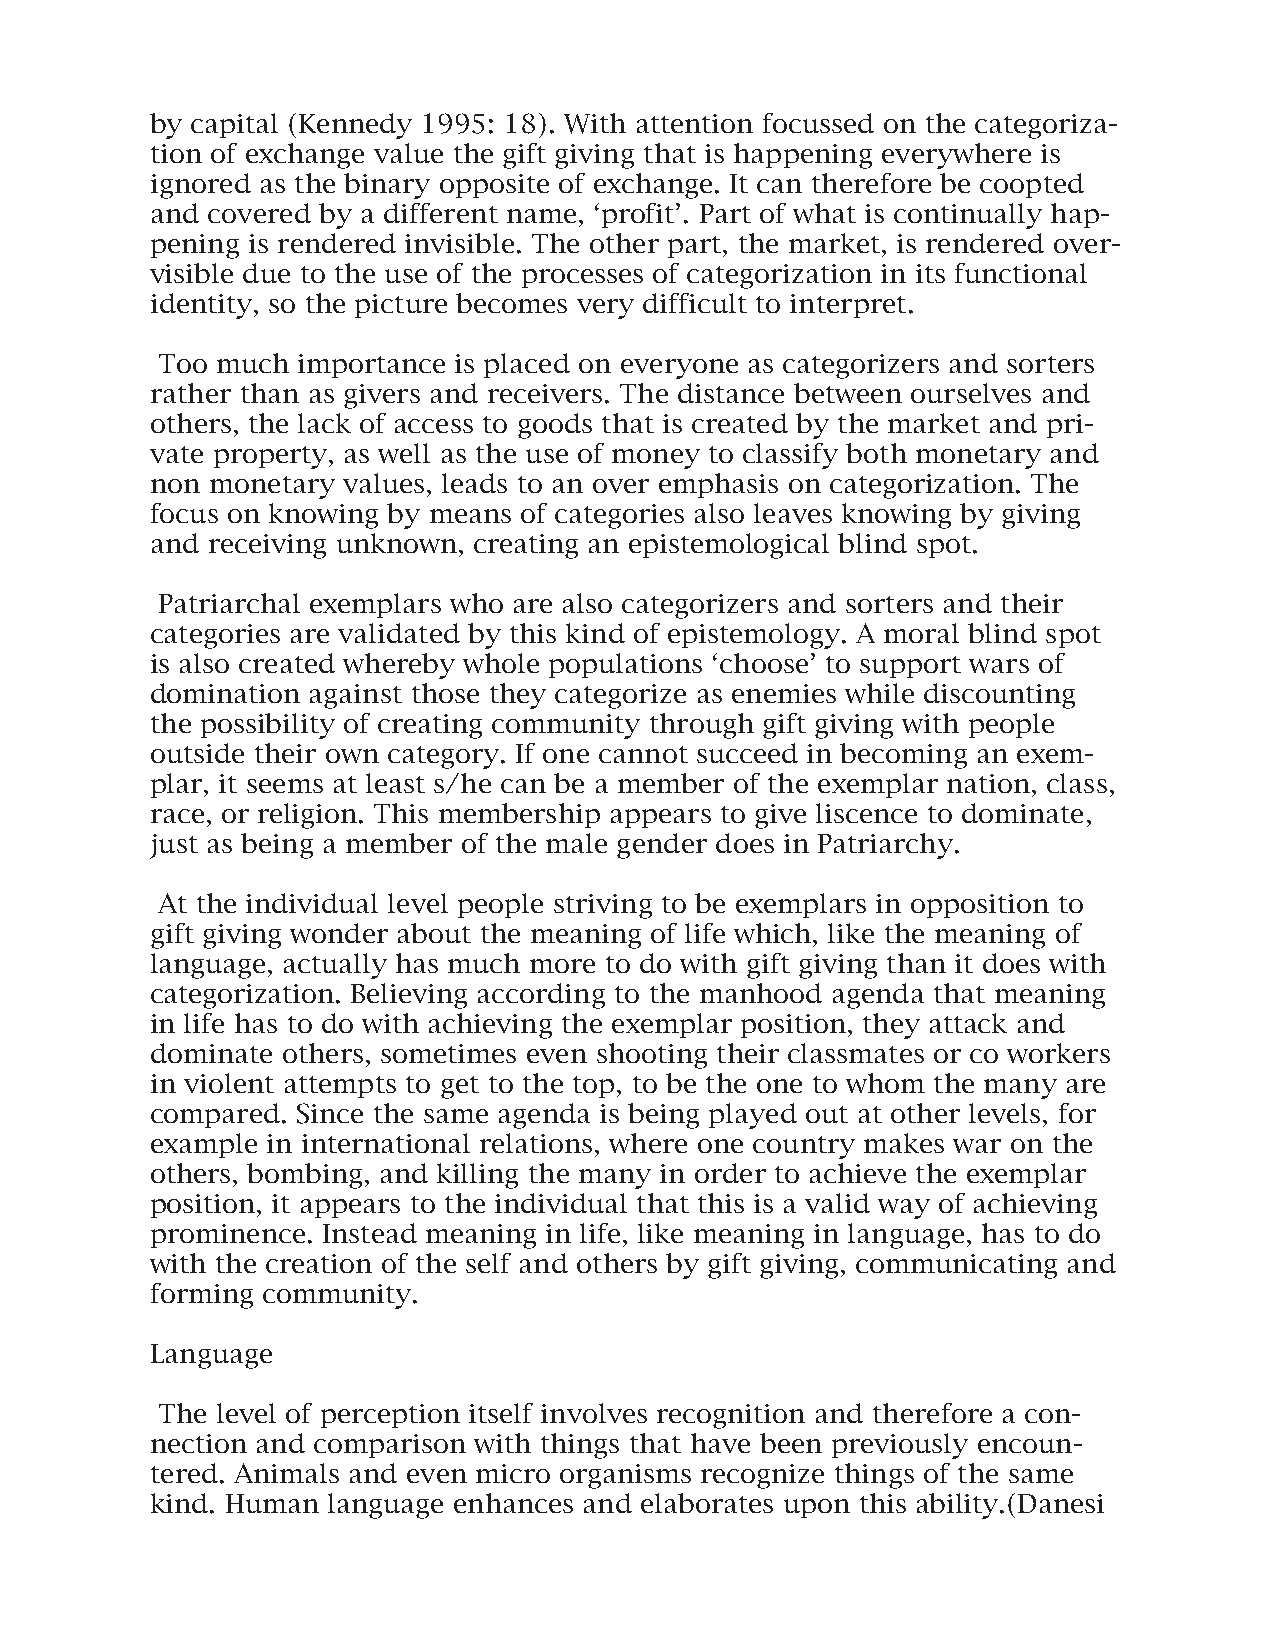
by capital (Kennedy 1995: 18). With attention focussed on the categoriza-
 tion of exchange value the gift giving that is happening everywhere is
 ignored as the binary opposite of exchange. It can therefore be coopted
 and covered by a different name, ‘profit’. Part of what is continually hap-
 pening is rendered invisible. The other part, the market, is rendered over-
 visible due to the use of the processes of categorization in its functional
 identity, so the picture becomes very difficult to interpret.
 Too much  importance is placed on everyone as categorizers and sorters
 rather than as givers and receivers. The distance between ourselves and
 others, the lack of access to goods that is created by the market and pri-
 vate property, as well as the use of money to classify both monetary and
 non monetary values, leads to an over emphasis on categorization. The
 focus on knowing by means of categories also leaves knowing by giving
 and receiving unknown, creating an epistemological blind spot.
 Patriarchal exemplars who are also categorizers and sorters and their
 categories are validated by this kind of epistemology. A moral blind spot
 is also created whereby whole populations ‘choose’ to support wars of
 domination against those they categorize as enemies while discounting
 the possibility of creating community through gift giving with people
 outside their own category. If one cannot succeed in becoming an exem-
 plar, it seems at least s/he can be a member of the exemplar nation, class,
 race, or religion. This membership appears to give liscence to dominate,
 just as being a member of the male gender does in Patriarchy.
 At the individual level people striving to be exemplars in opposition to
 gift giving wonder about the meaning of life which, like the meaning of
 language, actually has much more to do with gift giving than it does with
 categorization. Believing according to the manhood agenda that meaning
 in life has to do with achieving the exemplar position, they attack and
 dominate others, sometimes even shooting their classmates or co workers
 in violent attempts to get to the top, to be the one to whom the many are
 compared. Since the same agenda is being played out at other levels, for
 example in international relations, where one country makes war on the
 others, bombing, and killing the many in order to achieve the exemplar
 position, it appears to the individual that this is a valid way of achieving
 prominence. Instead meaning in life, like meaning in language, has to do
 with the creation of the self and others by gift giving, communicating and
 forming community.
 Language
 The level of perception itself involves recognition and therefore a con-
 nection and comparison with things that have been previously encoun-
 tered. Animals and even micro organisms recognize things of the same
 kind. Human language enhances and elaborates upon this ability.(Danesi